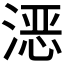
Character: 𪶮